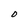
Character: O